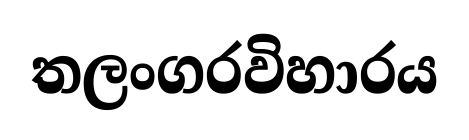
තලංගරවිහාරය